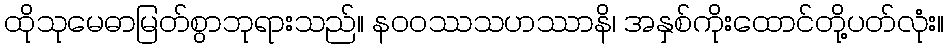
ထိုသုမေဓာမြတ်စွာဘုရားသည်။ နဝဝဿသဟဿာနိ၊ အနှစ်ကိုးထောင်တို့ပတ်လုံး။